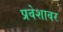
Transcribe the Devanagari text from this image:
प्रवेशावर